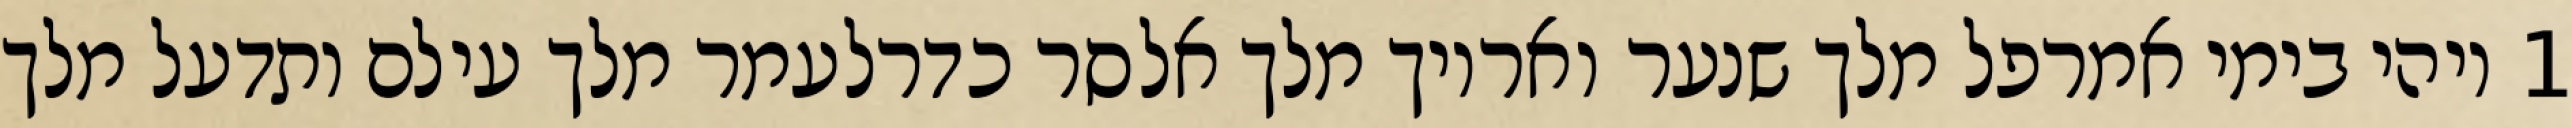
1 ויהי בימי אמרפל מלך שנער ואריוך מלך אלסר כדרלעמר מלך עילם ותדעל מלך